Document type: payment_order
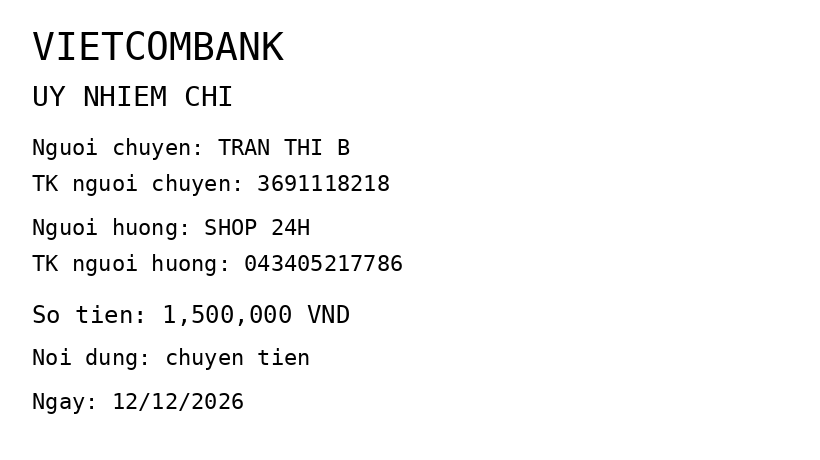
OCR transcript:
VIETCOMBANK
UY NHIEM CHI
Nguoi chuyen: TRAN THI B
TK nguoi chuyen: 3691118218
Nguoi huong: SHOP 24H
TK nguoi huong: 043405217786
So tien: 1,500,000 VND
Noi dung: chuyen tien
Ngay: 12/12/2026
Extracted fields:
bank_name: vietcombank
sender_name: tran thi b
sender_account: 3691118218
beneficiary_name: shop 24h
beneficiary_account: 043405217786
amount: 1500000
content: chuyen tien
date: 2026-12-12